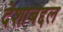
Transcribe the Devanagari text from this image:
देशाबद्दल